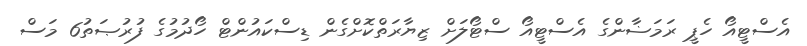
އެސްޓީއޯ ހެޕީ ރަމަޟާންގެ އެސްޓީއޯ ސްޓޯލަށް ޒިޔާރަތްކޮށްގެން ޑިސްކައުންޓް ހޯދުމުގެ ފުރުޞަތު6 މަސް